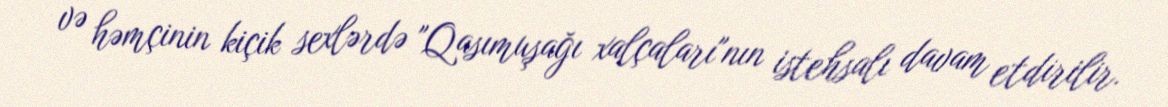
və həmçinin kiçik sexlərdə "Qasımuşağı xalçaları"nın istehsalı davam etdirilir.